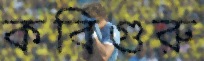
কবিগুরু